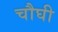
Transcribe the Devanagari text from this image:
चौघी